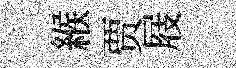
緱贾屐